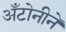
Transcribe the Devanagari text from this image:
अँटोनीने